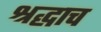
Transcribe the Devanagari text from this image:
श्रद्धाच